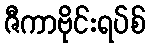
ဇီကာဗိုင်းရပ်စ်